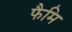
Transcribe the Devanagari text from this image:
फैमि